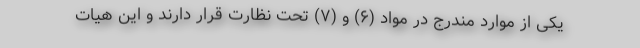
یکی از موارد مندرج در مواد (۶) و (۷) تحت نظارت قرار دارند و این هیات